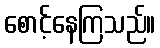
စောင့်နေကြသည်။